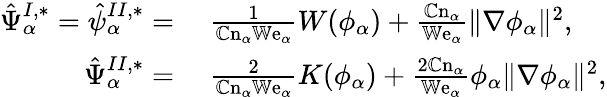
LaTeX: \begin{array}{rl}{\hat{\Psi}_{\alpha}^{I,*}=\hat{\psi}_{\alpha}^{II,*}=}&{{}~\frac{1}{\mathbb{C}\mathrm{n}_{\alpha}\mathbb{W}\mathrm{e}_{\alpha}}W(\phi_{\alpha})+\frac{\mathbb{C}\mathrm{n}_{\alpha}}{\mathbb{W}\mathrm{e}_{\alpha}}\| \nabla\phi_{\alpha}\| ^{2},}\\ {\hat{\Psi}_{\alpha}^{II,*}=}&{{}~\frac{2}{\mathbb{C}\mathrm{n}_{\alpha}\mathbb{W}\mathrm{e}_{\alpha}}K(\phi_{\alpha})+\frac{2\mathbb{C}\mathrm{n}_{\alpha}}{\mathbb{W}\mathrm{e}_{\alpha}}\phi_{\alpha}\| \nabla\phi_{\alpha}\| ^{2},}\end{array}